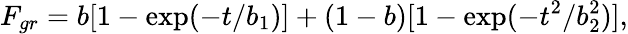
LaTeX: F_{gr}=b[1-\exp(-t/b_{1})]+(1-b)[1-\exp(-t^{2}/b_{2}^{2})],